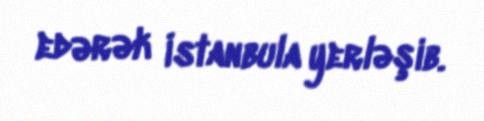
edərək İstanbula yerləşib.